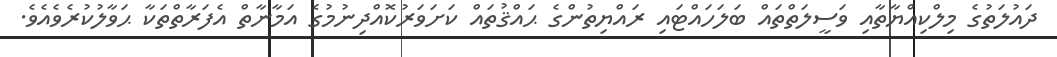
ދައުލަތުގެ މިލްކިއްޔާތާއި ވަސީލަތްތައް ބަލަހައްޓައި ރައްޔިތުންގެ ޙައްޤުތައް ކަށަވަރުކޮއްދިނުމުގެ އަމާނާތް އެފަރާތްތަކާ ޙަވާލުކުރެވެއެވެ.